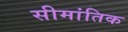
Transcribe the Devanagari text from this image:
सीमांतिक